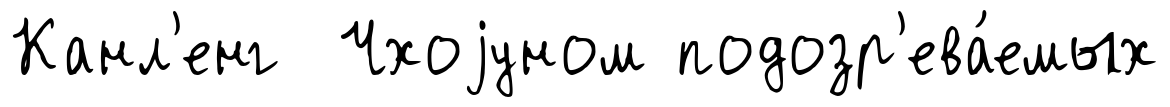
Канл'енг Чхоjуном подозр'ева́емых